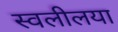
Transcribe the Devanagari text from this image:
स्वलीलया